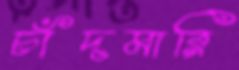
চাঁদমারি